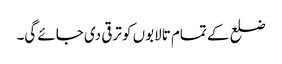
ضلع کے تمام تالابوں کو ترقی دی جائے گی۔